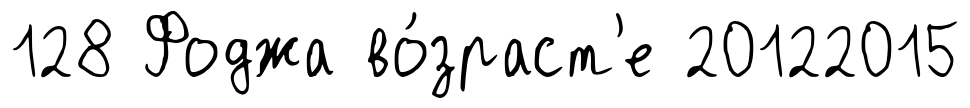
128 Фоджа во́зраст'е 20122015